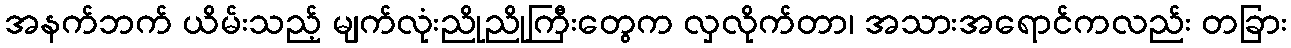
အနက်ဘက် ယိမ်းသည့် မျက်လုံးညိုညိုကြီးတွေက လှလိုက်တာ၊ အသားအရောင်ကလည်း တခြား